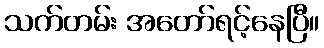
သက်တမ်း အတော်ရင့်နေပြီ။